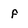
Character: f